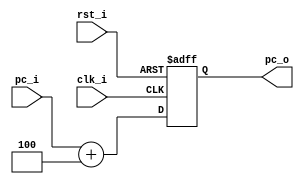
module PCAdder (
    input [31:0] pc_i,  // The original pc.
    output [31:0] pc_o,  // The result pc (pc + 4).

    input rst_i,  // Reset or not.
    input clk_i  // Note: this module works at posedge.
);

reg [31:0] pc;

assign pc_o = pc;

always @ (posedge clk_i or posedge rst_i) begin
    if (rst_i) begin
        pc <= 32'b0;
    end else begin
        pc <= pc_i + 4;
    end
end

endmodule